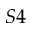
S 4